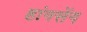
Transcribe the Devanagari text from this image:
हांगसेंग